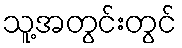
သူ့အတွင်းတွင်